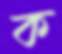
ক